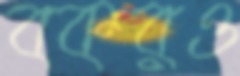
বকরও